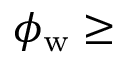
\phi _ { \mathrm { w } } \ge